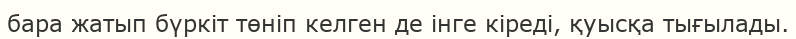
бара жатып бүркіт төніп келген де інге кіреді, қуысқа тығылады.